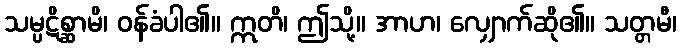
သမ္ပဋိစ္ဆာမိ၊ ဝန်ခံပါ၏။ ဣတိ၊ ဤသို့။ အာဟ၊ လျှောက်ဆို၏။ သတ္တမီ၊